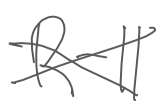
Text: R-11
Cross-out: cross
Writing tool: digital_gray